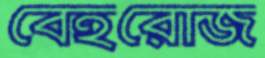
বেহরোজ